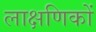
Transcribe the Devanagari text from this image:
लाक्षणिकों